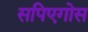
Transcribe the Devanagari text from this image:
सपिएगोस